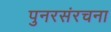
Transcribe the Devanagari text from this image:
पुनरसंरचना